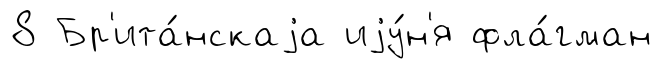
8 Бр'ита́нскаjа иjу́н'я фла́гман